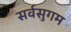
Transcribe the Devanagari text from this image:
सर्वसुगम